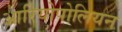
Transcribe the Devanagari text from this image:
आरियोपोलियन